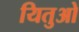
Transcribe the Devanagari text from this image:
यितुओ